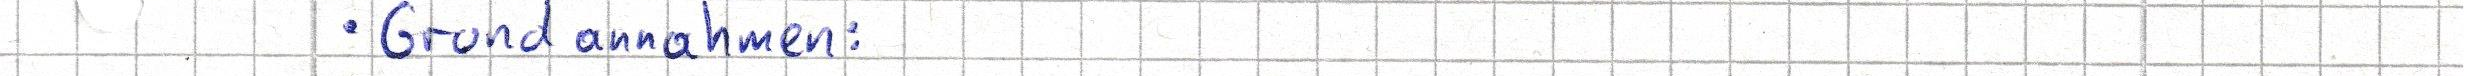
- Grundannahmen: